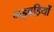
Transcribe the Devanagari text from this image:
गड़बड़ियों